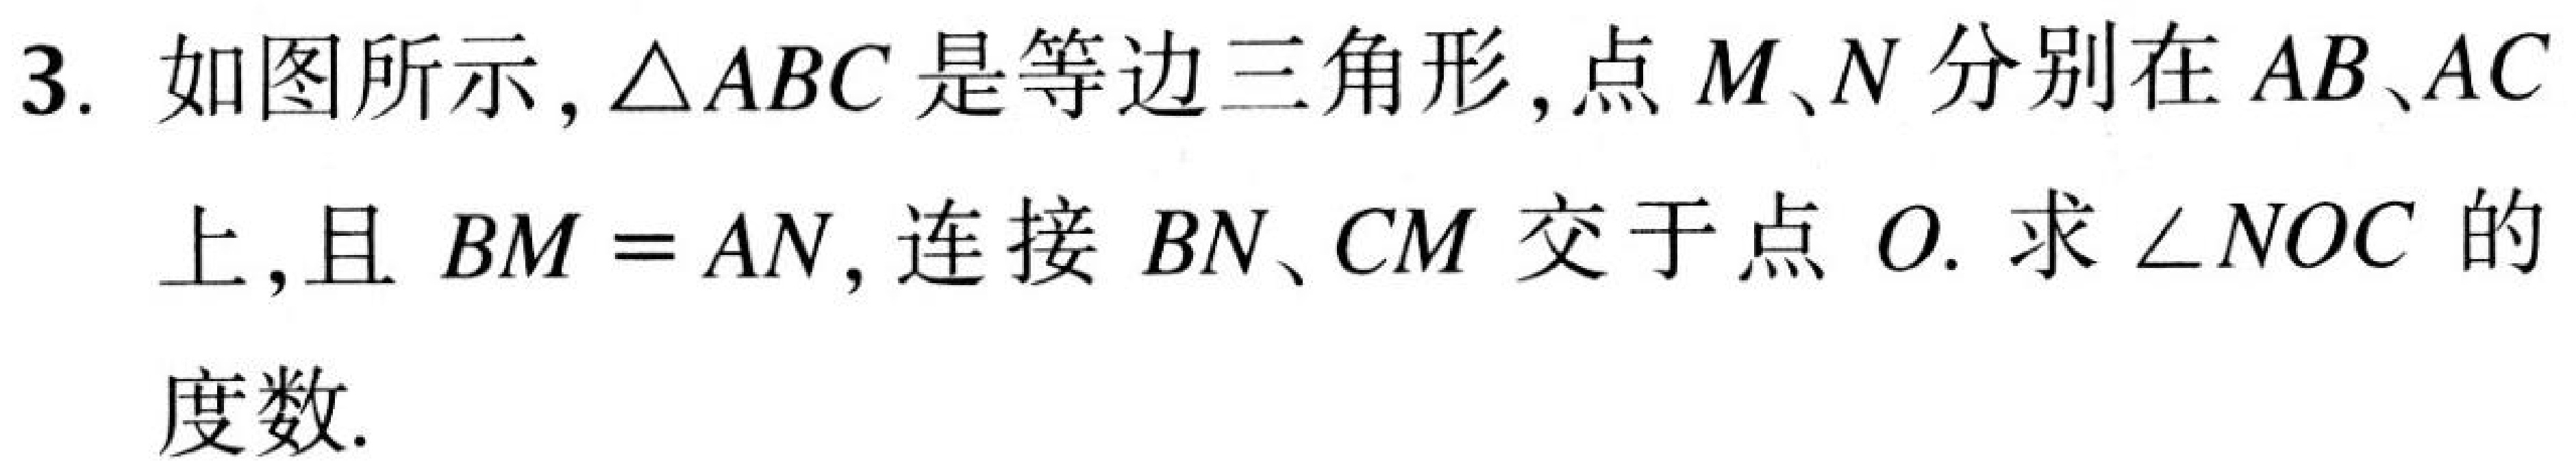
3. 如图所示，\(\triangle ABC\)是等边三角形，点\(M\)、\(N\)分别在\(AB\)、\(AC\)
上，且\(BM = AN\)，连接\(BN\)、\(CM\)交于点\(O\). 求\(\angle NOC\)的度数.